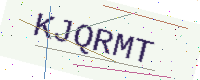
Text: KJQRMT